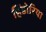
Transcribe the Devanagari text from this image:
हिंडोरिया